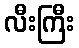
လီးကြီး